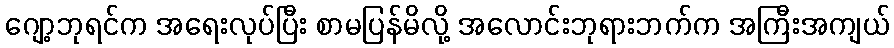
ဂျော့ဘုရင်က အရေးလုပ်ပြီး စာမပြန်မိလို့ အလောင်းဘုရားဘက်က အကြီးအကျယ်